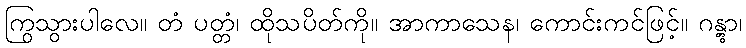
ကြွသွားပါလေ။ တံ ပတ္တံ၊ ထိုသပိတ်ကို။ အာကာသေန၊ ကောင်းကင်ဖြင့်။ ဂန္တွာ၊